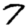
Digit: 7